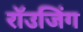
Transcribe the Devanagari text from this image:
रॉउजिंग